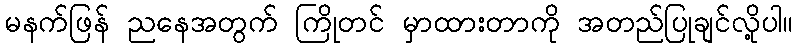
မနက်ဖြန် ညနေအတွက် ကြိုတင် မှာထားတာကို အတည်ပြုချင်လို့ပါ။